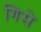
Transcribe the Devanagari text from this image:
गिसे